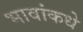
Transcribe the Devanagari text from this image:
भावांकधे